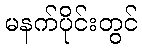
မနက်ပိုင်းတွင်